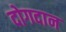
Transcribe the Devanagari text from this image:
दोगदान